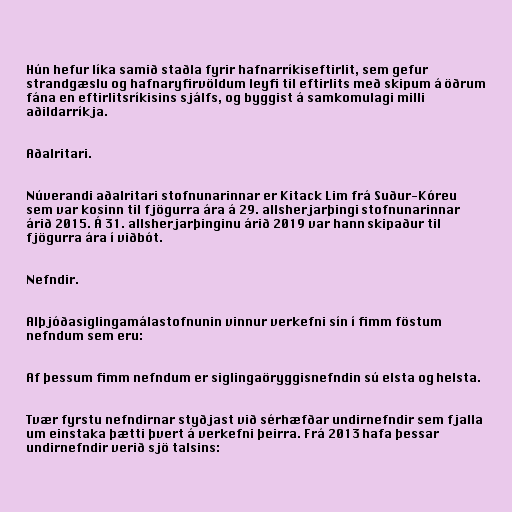
Hún hefur líka samið staðla fyrir hafnarríkiseftirlit, sem gefur
strandgæslu og hafnaryfirvöldum leyfi til eftirlits með skipum á öðrum
fána en eftirlitsríkisins sjálfs, og byggist á samkomulagi milli
aðildarríkja.

Aðalritari.

Núverandi aðalritari stofnunarinnar er Kitack Lim frá Suður-Kóreu
sem var kosinn til fjögurra ára á 29. allsherjarþingi stofnunarinnar
árið 2015. Á 31. allsherjarþinginu árið 2019 var hann skipaður til
fjögurra ára í viðbót.

Nefndir.

Alþjóðasiglingamálastofnunin vinnur verkefni sín í fimm föstum
nefndum sem eru:

Af þessum fimm nefndum er siglingaöryggisnefndin sú elsta og helsta.

Tvær fyrstu nefndirnar styðjast við sérhæfðar undirnefndir sem fjalla
um einstaka þætti þvert á verkefni þeirra. Frá 2013 hafa þessar
undirnefndir verið sjö talsins: